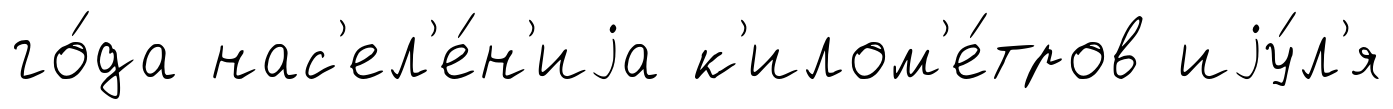
го́да нас'ел'е́н'иjа к'илом'е́тров иjу́л'я